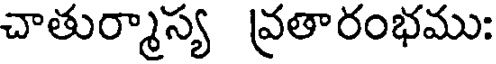
చాతుర్మాస్య వ్రతారంభము: